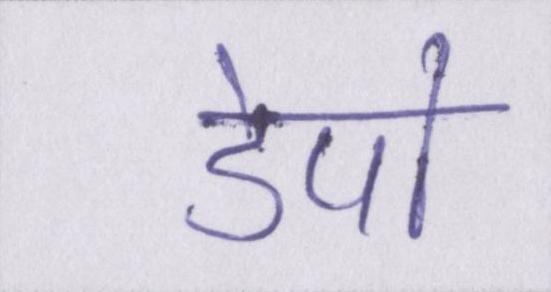
डेपो